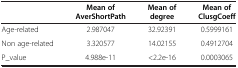
<table><thead><tr><td><b> </b></td><td><b>Mean of AverShortPath</b></td><td><b>Mean of degree</b></td><td><b>Mean of ClusgCoeff</b></td></tr></thead><tbody><tr><td>Age-related</td><td>2.987047</td><td>32.92391</td><td>0.5999161</td></tr><tr><td>Non age-related</td><td>3.320577</td><td>14.02155</td><td>0.4912704</td></tr><tr><td>P_value</td><td>4.988e-11</td><td>&lt;2.2e-16</td><td>0.0003065</td></tr></tbody></table>